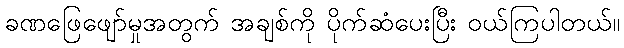
ခဏဖြေဖျော်မှုအတွက် အချစ်ကို ပိုက်ဆံပေးပြီး ဝယ်ကြပါတယ်။